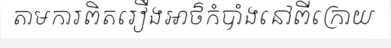
តាមការពិតរឿងអាថ៌កំបាំងនៅពីក្រោយ